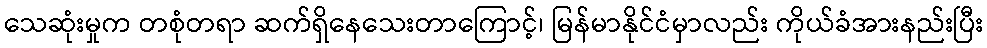
သေဆုံးမှုက တစုံတရာ ဆက်ရှိနေသေးတာကြောင့်၊ မြန်မာနိုင်ငံမှာလည်း ကိုယ်ခံအားနည်းပြီး